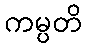
ကမ္ပတိ